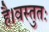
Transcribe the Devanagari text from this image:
है।वस्तुतः